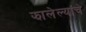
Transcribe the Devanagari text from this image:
झालेल्यांचे